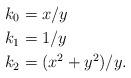
LaTeX: \begin{align*} k_0 &= x/y\\ k_1 &= 1/y\\ k_2 &= (x^2 + y^2)/y. \end{align*}